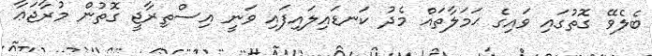
ބެލެވޭ ގޮތުގައި ވައިގެ ޙަމަލާތައް މެދު ކަނޑައިލައިފައި ވަނީ އިސްތިރާޖީ ގޮތުން މުރާޖަޢާ